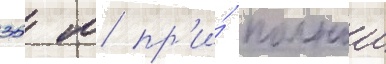
35 м пр'и́ полнои